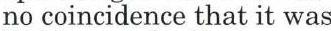
no coincidence that it was